Annual report of the Civil Veterinary Department, Bengal, for the year 1897-98 - 1897-1898
Year: 1897
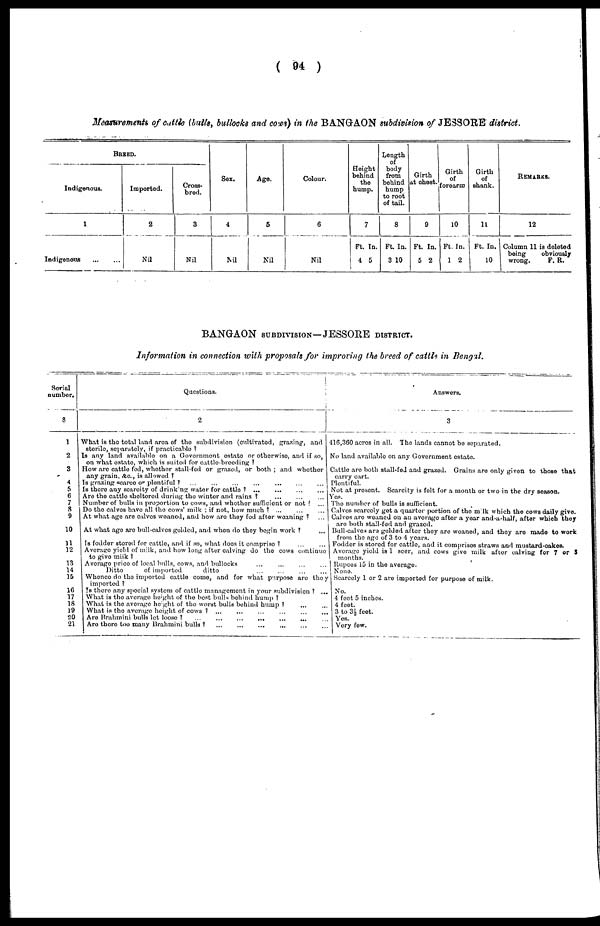
(94)
Measurements of cattle (bulls, bullocks and cows) in the BANGAON subdivision of JESSORE district.
BREED.
Indigenous.
1
Indigenous
...
...
Imported.
2
Nil
Cross-
bred.
3
Nil
Sex.
4
Ml
Age,
5
Nil
Colour.
6
Nil
Height
behind
the
hump.
7
Ft. In.
4 5
Length
of
body
from
behind
hump
to root
of tail.
8
Ft. In.
3 10
Girth
at chest.
9
Ft. In.
5 2
Girth
of
forearm
10
Ft. In.
1 2
Girth
of
shank.
11
Ft. In.
10
REMARKS.
12
Column 11 is deleted
being
obvioualy
wrong.
F. R.
BANGAON SUBDIVISION—JESSORE DISTRICT.
Information in connection with proposals for improving the breed of cattle in Bengal.
Serial
number.
8
1
2
3
4
5
6
7
8
9
10
11
12
13
14
15
16
17
18
19
20
21
Questions.
2
What is the total land area of the subdivision (cultivated, grazing, and
sterile, separately, if practicable?
Is any land available on a Government estate or otherwise, and if so,
on what estate, which is suited for cattle-breeding?
How are cattle fed, whether stall-fed or grazed, or both; and whether
any grain, &c., is allowed?
Is grazing scarce or plentiful? ... ... ... ...
Is there any scarcity of drinking water for cattle? ...
...
...
...
Are the cattle sheltered during the winter and rains?
... ... ...
Number of bulls in proportion to cows, and whether sufficient or not? ...
Do the calves have all the cows' milk; if not, how much? ... ... ...
At what age are calves weaned, and how are they fed after weaning?
...
At what age are bull-calves gelded, and when do they begin work? ...
| Is fodder stored for cattle, and if so, what does it comprise? ... ...
Average yield of milk, and how long after calving do the cows continue
to give miik?
Average price of local bulls, cows, and bullocks ... ... ... ...
Ditto
of imported
ditto ... ... ... ...
Whence do the imported cattle come, and for what purpose are they
imported?
Is there any special system of cattle management in your subdivision? ...
What is the average height of the best bulls behind hump?
What is the average height of the worst bulls behind hump? ... ...
What is the average height of cows? ... ... ... ...
Are Brahmini bulls lot loose?
...
...
...
...
...
...
Are there too many Brahmini bulls? ... ... ...
Answers.
3
416,360 acres in all. The lands cannot be separated.
No land available on any Government estate.
Cattle are both stall-fed and grazed. Grains are only given to those that
carry cart.
Plentiful.
Not at present. Scarcity is felt for a month or two in the dry season.
Yes.
The number of bulls is sufficient.
Calves scarcely get a quarter portion of the milk which the cows daily give.
Calves are weaned on an average after a year and-a-half, after which they
are both stall-fed and grazed.
Bull-calves are gelded after they are weaned, and they are made to work
from the age of 3 to 4 years.
Fodder is stored for cattle, and it comprises straws and mustard-cakes.
Average yield is 1 seer, and cows give milk after calving for 7 or 3
months.
Rupees 15 in the average.
None.
Scarcely 1 or 2 are imported for purpose of milk.
No.
4 foot 5 inches.
4 feet.
3 to 3½ feet.
Yes.
Very few.